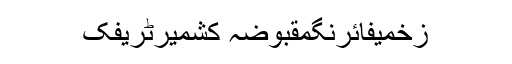
زخمیفائرنگمقبوضہ کشمیرٹریفک